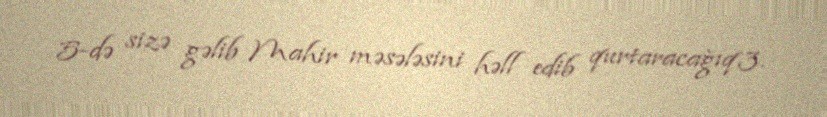
5-də sizə gəlib Mahir məsələsini həll edib qurtaracağıq.3.